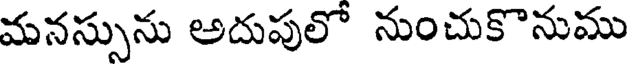
మనస్సును అదుపులో నుంచుకొనుము